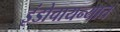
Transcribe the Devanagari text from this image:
इंडोचायन्यात